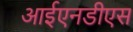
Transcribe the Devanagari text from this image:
आईएनडीएस